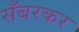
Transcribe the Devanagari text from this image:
सँबरकर